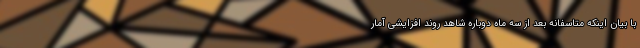
با بیان اینکه متاسفانه بعد از سه ماه دوباره شاهد روند افزایشی آمار